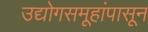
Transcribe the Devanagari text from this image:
उद्योगसमूहांपासून